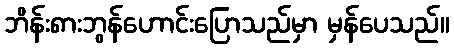
ဘိန်း၈ားဘွန်ဟောင်းပြောသည်မှာ မှန်ပေသည်။